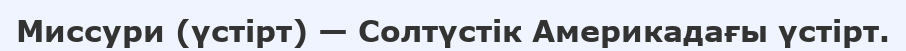
Миссури (үстірт) — Солтүстік Америкадағы үстірт.